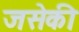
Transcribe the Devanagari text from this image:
जसेकी